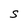
Character: S